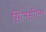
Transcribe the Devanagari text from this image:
सिलसीला